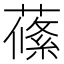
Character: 𦺰